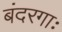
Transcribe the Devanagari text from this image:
बंदरगाः